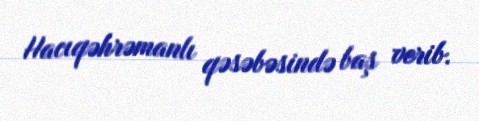
Hacıqəhrəmanlı qəsəbəsində baş verib.